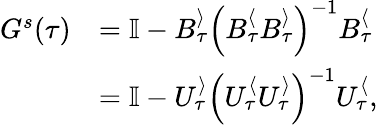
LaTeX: \begin{array}{rl}{G^{s}(\tau)}&{=\mathbb{I}-B_{\tau}^{\rangle}\left(B_{\tau}^{\langle}B_{\tau}^{\rangle}\right)^{-1}B_{\tau}^{\langle}}\\ &{=\mathbb{I}-U_{\tau}^{\rangle}\left(U_{\tau}^{\langle}U_{\tau}^{\rangle}\right)^{-1}U_{\tau}^{\langle},}\end{array}